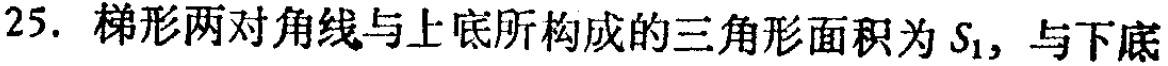
25. 梯形两对角线与上底所构成的三角形面积为\(S_{1}\)，与下底